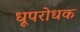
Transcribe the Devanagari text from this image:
धूपरोधक